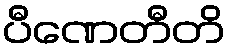
ပီဏေတီတိ